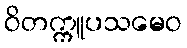
ဝိတက္ကူပသမေဝ